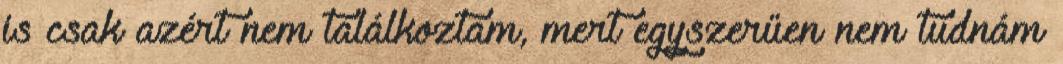
is csak azért nem találkoztam, mert egyszerűen nem tudnám